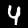
Label: 4